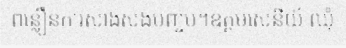
ពន្លឿនការសាងសង់បញ្ចប់។ឧត្តមសេនីយ៍ ឈុំ